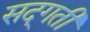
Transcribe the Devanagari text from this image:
सद्‌गती